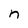
Character: n